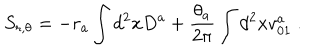
LaTeX: S _ { r , \theta } = - r _ { a } \int d ^ { 2 } x D ^ { a } + { \frac { \theta _ { a } } { 2 \pi } } \int d ^ { 2 } x v _ { 0 1 } ^ { a } \ .